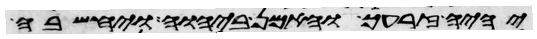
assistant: יהיה זרעך והאמן ביהוה ויחשבה